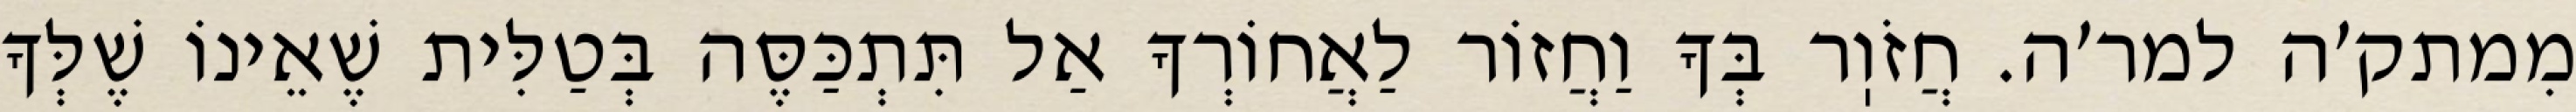
מִמתק׳ה למר׳ה. חֲזֹוֽר בְּךָ וַחֲזוֹר לַאֲחוֹרְךָ אַל תִּתְכַּסֶּה בְּטַלִּית שֶׁאֵינוֹ שֶׁלְּךָ